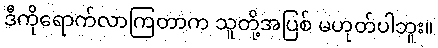
ဒီကိုရောက်လာကြတာက သူတို့အပြစ် မဟုတ်ပါဘူး။